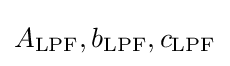
A_{\text{LPF}},b_{\text{LPF}},c_{\text{LPF}}